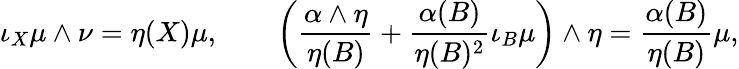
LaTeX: \iota_{X}\mu\wedge\nu=\eta(X)\mu,\qquad\left(\frac{\alpha\wedge\eta}{\eta(B)}+\frac{\alpha(B)}{\eta(B)^{2}}\iota_{B}\mu\right)\wedge\eta=\frac{\alpha(B)}{\eta(B)}\mu,